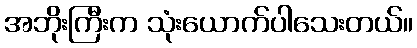
အဘိုးကြီးက သုံးယောက်ပါသေးတယ်။